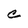
Character: C